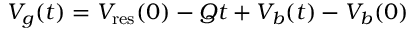
V _ { g } ( t ) = V _ { \mathrm { r e s } } ( 0 ) - Q t + V _ { b } ( t ) - V _ { b } ( 0 )